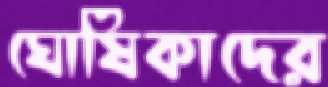
ঘোষিকাদের